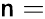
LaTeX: \mathsf{n}=